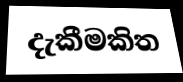
දැකීමකිත